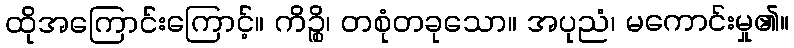
ထိုအကြောင်းကြောင့်။ ကိဉ္စိ၊ တစုံတခုသော။ အပုညံ၊ မကောင်းမှု၏။